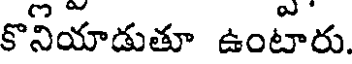
కొనియాడుతూ ఉంటారు.